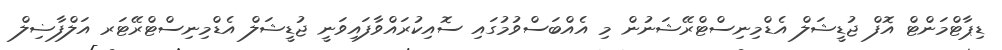
ޑިޕާޓްމަންޓް އޮފް ޖުޑީޝަލް އެޑްމިނިސްޓްރޭޝަނުން މި އެއްބަސްވުމުގައި ސޮއިކުރައްވާފައިވަނީ ޖުޑީޝަލް އެޑްމިނިސްޓްރޭޓަރ އަލްފާޟިލް